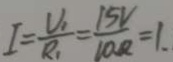
I = \frac { U _ { 1 } } { R _ { 1 } } = \frac { 1 5 V } { 1 0 \Omega } = 1 .